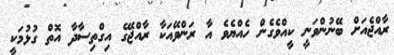
ރާއްޖެއަށް ބޭނުންވަނީ ކީއްވެގެން ހެއްޔެވެ އާ ރަންވޭއަކާ ރާއްޖޭގެ އިގްތިސާދާ އޮތް ގުޅުމަކީ